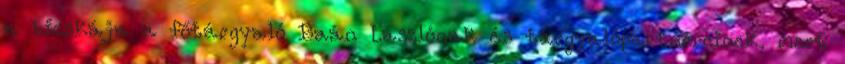
a bicskája a főtárgyaló Baán Lászlónak és tárgyalópartnereinek, mert